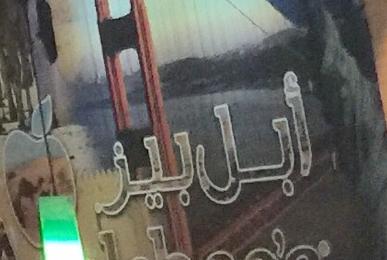
أبلبيز